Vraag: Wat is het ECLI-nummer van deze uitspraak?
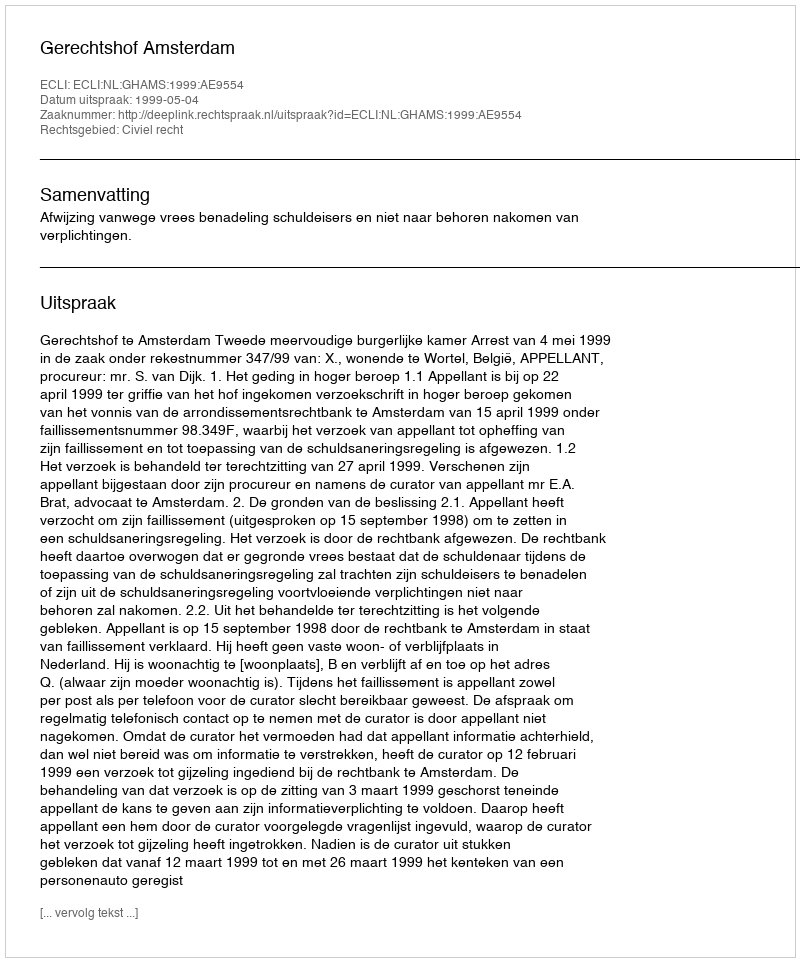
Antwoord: ECLI:NL:GHAMS:1999:AE9554